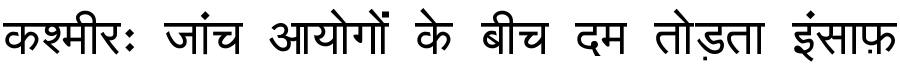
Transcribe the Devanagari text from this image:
कश्मीरः जांच आयोगों के बीच दम तोड़ता इंसाफ़